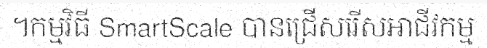
។កម្មវិធី SmartScale បានជ្រើសរើសអាជីវកម្ម